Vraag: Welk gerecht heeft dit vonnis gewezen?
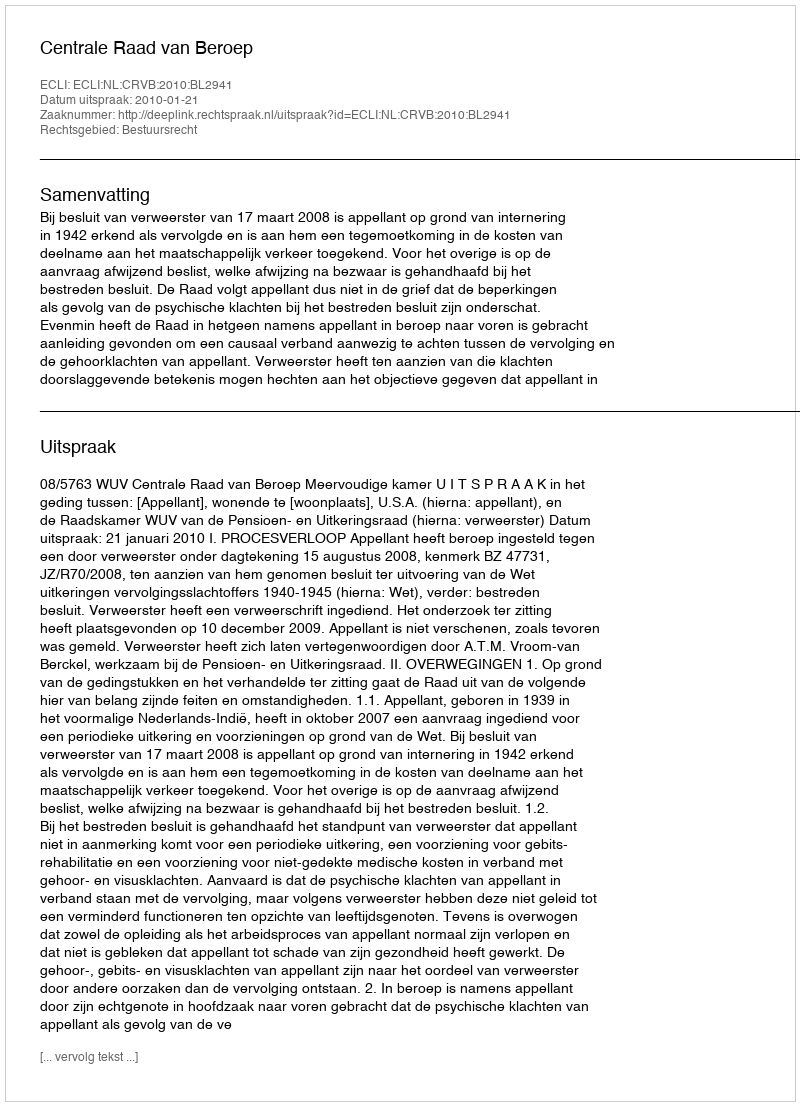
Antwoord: Centrale Raad van Beroep